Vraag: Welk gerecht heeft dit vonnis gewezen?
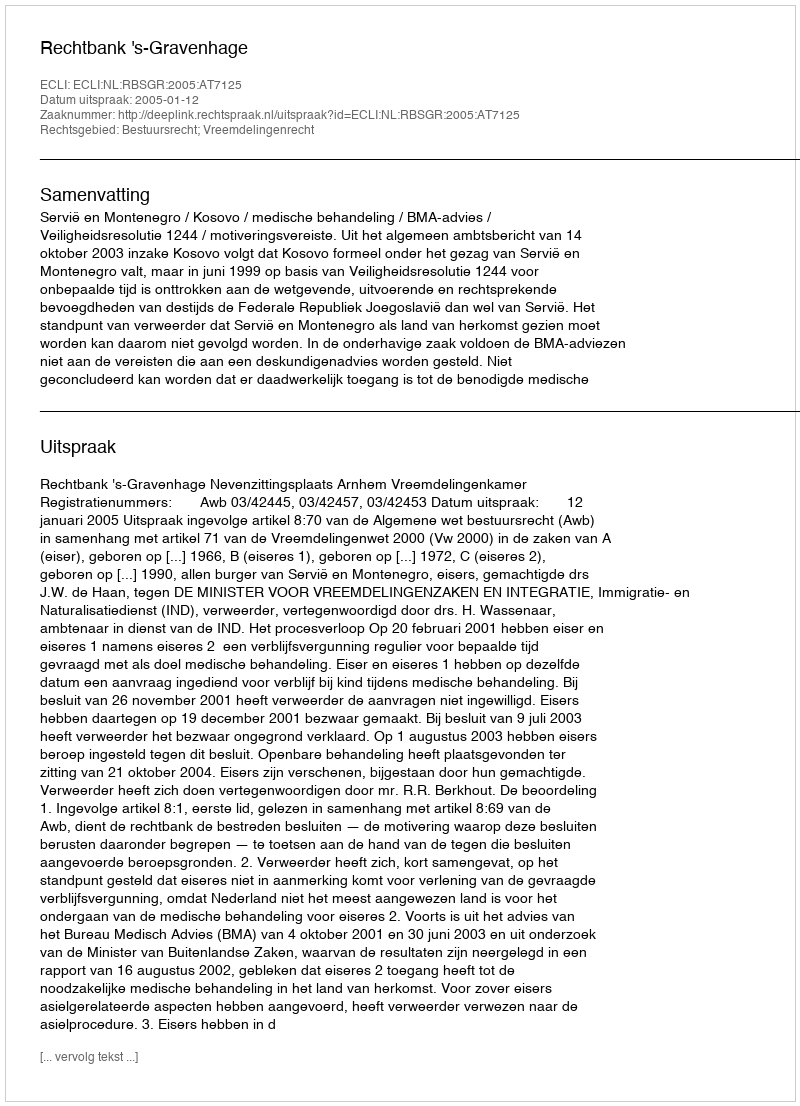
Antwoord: Rechtbank 's-Gravenhage